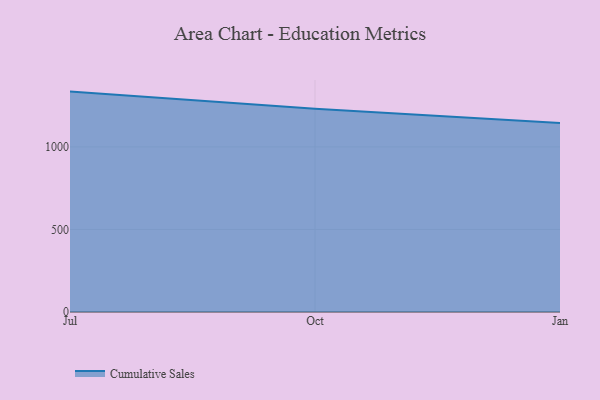
{"axis": {"x": "Month", "y": "Waste Production (Tons)"}, "legend": ["Cumulative Sales"], "data": [{"x": "Jul", "y": 1335.0, "type": "Cumulative Sales"}, {"x": "Oct", "y": 1231.1, "type": "Cumulative Sales"}, {"x": "Jan", "y": 1145.0, "type": "Cumulative Sales"}]}